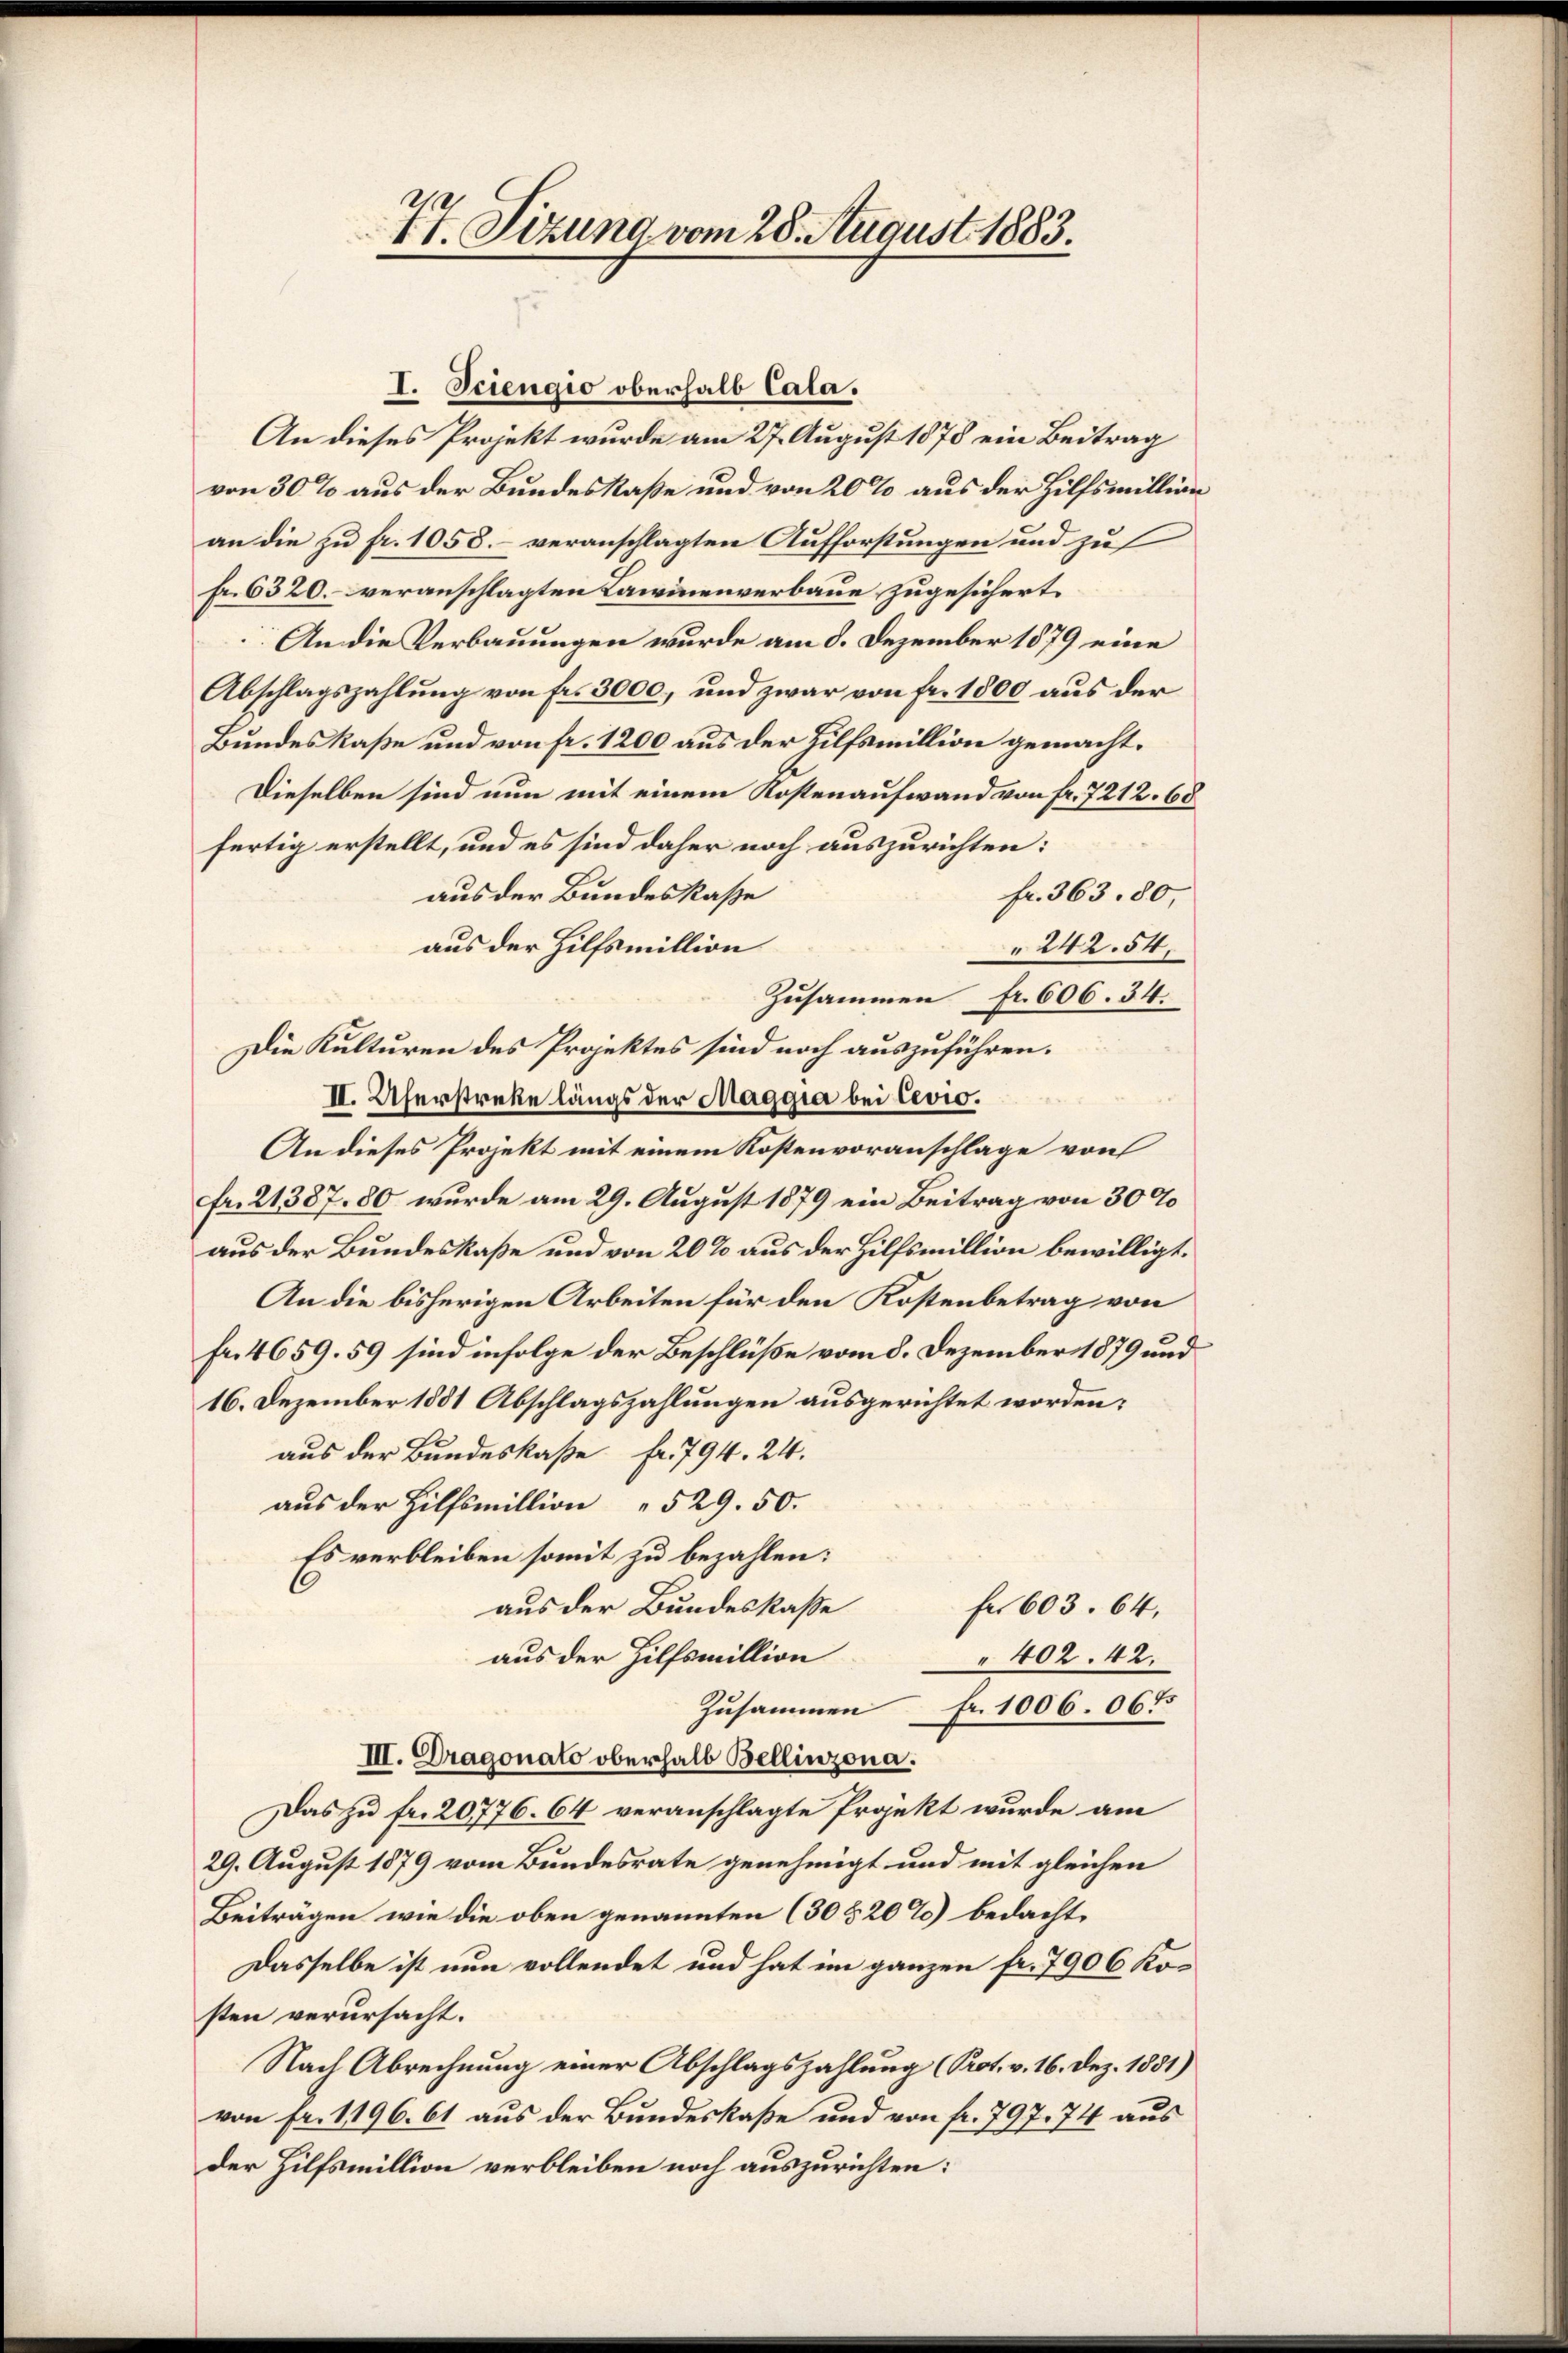
I. Triengio oberhalb Cala.
An dieses Projekt wurde am 27. August 1878 ein Beitrag
von 30% aus der Bundeskaße und von 20% aus der Hilfsmillion
an die zu fr. 1058.– veranschlagten Aufforstungen und zu
fr. 6320. veranschlagten Lawinenverbaue zugesichert.
An die Verbauungen wurde am 8. Dezember 1879 eine
Abschlagszahlung von fr. 3000, und zwar von fr. 1800 aus der
Bundeskaße und von fr. 1200 aus der Hilfsmillion gemacht.
Dieselben sind nun mit einem Kostenaufwand von fr. 7212. 68
fertig erstellt, und es sind daher noch auszurichten:
aus der Bundeskasse
fr. 363. 80,
aus der Hilfsmillion
 242. 54.
Zusammen Fr. 606. 34.
Die Kulturen des Projektes sind noch auszuführen.
II. Uferstreke längs der Maggia bei Cevio.
An dieses Projekt mit einem Kostenvoranschlage von
Fr. 21387. 80 wurde am 29. August 1879 ein Beitrag von 30%
aus der Bundeskaße und von 20% aus der Hilfsmillion bewilligt.
An die bisherigen Arbeiten für den Kostenbetrag von
fr. 4659. 59 sind infolge der Beschlüße vom 8. Dezember 1879 und
16. Dezember 1881 Abschlagszahlungen ausgerichtet worden:
aus der Bundeskaße fr. 794. 24.
aus der Hilfsmillion " 529. 50.
Es verbleiben somit zu bezahlen:
aus der Bundeskasse Fr. 603. 64,
aus der Hilfsmillion
402. 42.
Zusammen Fr. 1006. 065
III. Dragonato oberhalb Bellinzona.
Das zu fr. 20776. 64 veranschlagte Projekt wurde am
29. August 1879 vom Bundesrate genehmigt und mit gleichen
Beiträgen wie die oben genannten (30 § 20%) bedacht,
Dasselbe ist nun vollendet und hat im ganzen fr. 7906 Kosten verursacht.
Nach Abrechnung einer Abschlagszahlung (Prot. v. 16. Dez. 1851)
von Fr. 1196. 61 aus der Bundeskaße und von fr. 797. 74 aus
der Hilfsmillion verbleiben noch auszurichten:

2
1t. Sizung vom 28. August 1883.